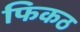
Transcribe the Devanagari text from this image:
फिकठ